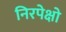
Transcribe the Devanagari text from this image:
निरपेक्षो